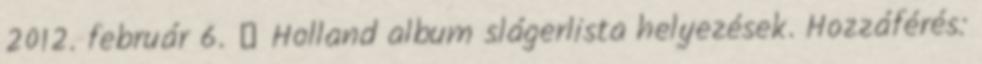
2012. február 6. ↑ Holland album slágerlista helyezések. Hozzáférés: